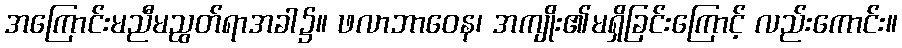
အကြောင်းမညီမညွတ်ရာအခါ၌။ ဖလာဘာဝေန၊ အကျိုး၏မရှိခြင်းကြောင့် လည်းကောင်း။